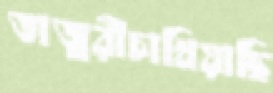
তাজ্বরীচাখিয়াছি